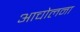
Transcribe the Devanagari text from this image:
आचोलना